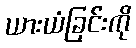
ယားယံခြင်းကို